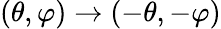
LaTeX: (\theta,\varphi)\rightarrow(-\theta,-\varphi)